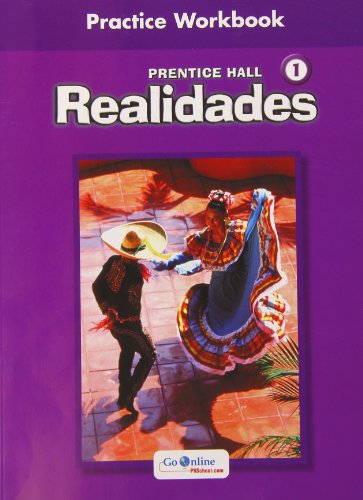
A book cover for Realidades 1 Practice Workbook; Prentice Hall; Teen & Young Adult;